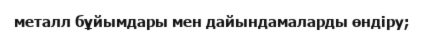
металл бұйымдары мен дайындамаларды өндіру;